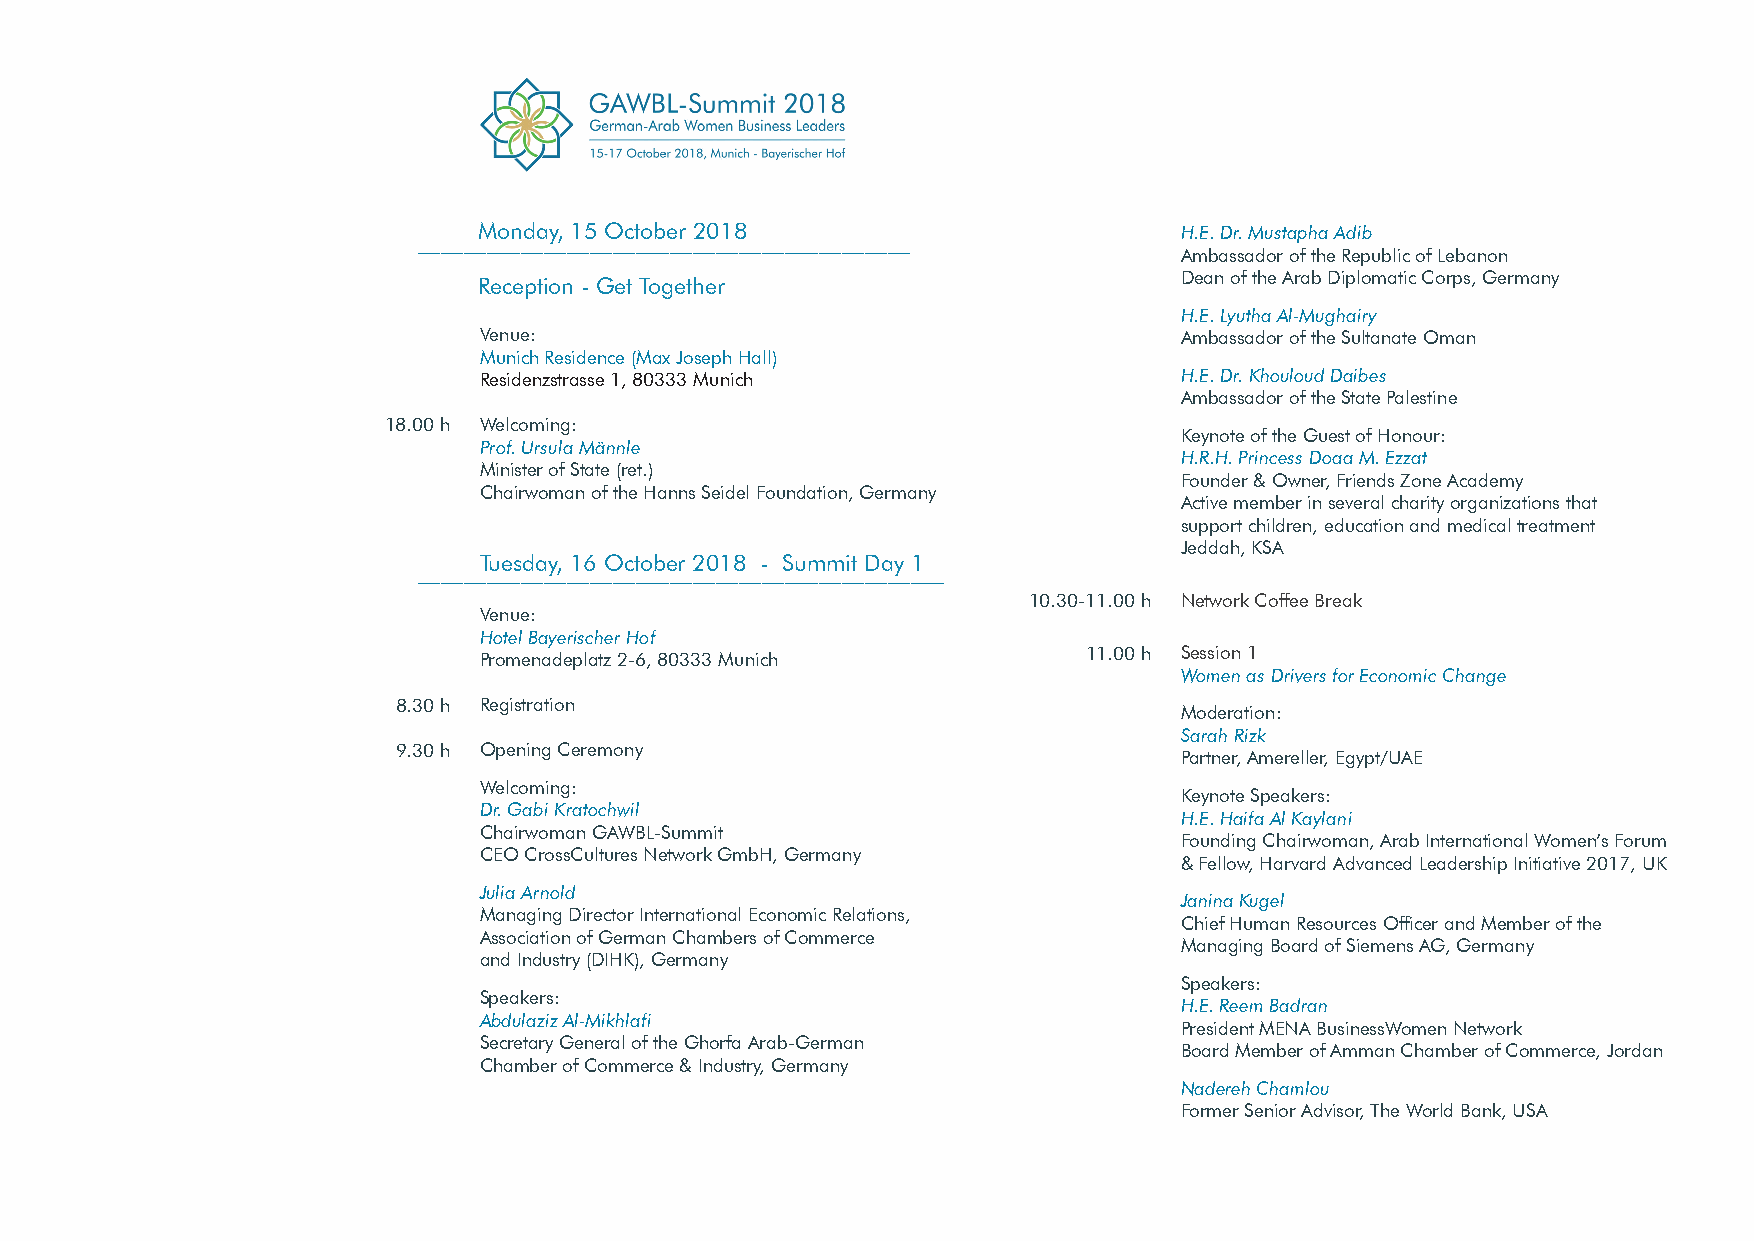
Monday, 15 October 2018                       H.E. Dr. Mustapha Adib
 ___________________________________________
 Ambassador of the Republic of Lebanon
 Dean of the Arab Diplomatic Corps, Germany
 Reception - Get Together
 H.E. Lyutha Al-Mughairy
 Venue:                                        Ambassador of the Sultanate Oman
 Munich Residence (Max Joseph Hall)
 Residenzstrasse 1, 80333 Munich               H.E. Dr. Khouloud Daibes
 Ambassador of the State Palestine
 18.00 h Welcoming:
 Keynote of the Guest of Honour:
 Prof. Ursula Männle
 H.R.H. Princess Doaa M. Ezzat
 Minister of State (ret.)
 Founder & Owner, Friends Zone Academy
 Chairwoman of the Hanns Seidel Foundation, Germany
 Active member in several charity organizations that
 support children, education and medical treatment
 Jeddah, KSA
 Tuesday, 16 October 2018 - Summit Day 1
 ______________________________________________
 10.30-11.00 h Network Coffee Break
 Venue:
 Hotel Bayerischer Hof
 11.00 h Session 1
 Promenadeplatz 2-6, 80333 Munich
 Women as Drivers for Economic Change
 8.30 h Registration
 Moderation:
 Sarah Rizk
 9.30 h Opening Ceremony
 Partner, Amereller, Egypt/UAE
 Welcoming:
 Keynote Speakers:
 Dr. Gabi Kratochwil
 H.E. Haifa Al Kaylani
 Chairwoman GAWBL-Summit
 Founding Chairwoman, Arab International Women’s Forum
 CEO CrossCultures Network GmbH, Germany
 & Fellow, Harvard Advanced Leadership Initiative 2017, UK
 Julia Arnold
 Janina Kugel
 Managing Director International Economic Relations,
 Chief Human Resources Officer and Member of the
 Association of German Chambers of Commerce
 Managing Board of Siemens AG, Germany
 and Industry (DIHK), Germany
 Speakers:
 Speakers:
 H.E. Reem Badran
 Abdulaziz Al-Mikhlafi
 President MENA BusinessWomen Network
 Secretary General of the Ghorfa Arab-German
 Board Member of Amman Chamber of Commerce, Jordan
 Chamber of Commerce & Industry, Germany
 Nadereh Chamlou
 Former Senior Advisor, The World Bank, USA